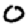
Digit: 0